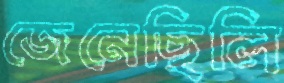
জেনেছিলি